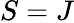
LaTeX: S=J